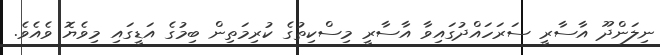
ނިލަންދޫ އާސާރީ ސަރަހައްދުގައިވާ އާސާރީ މިސްކިތުގެ ކުރިމަތިން ބިމުގެ އަޑީގައި މިވެޔޮ ވެއެވެ.